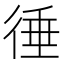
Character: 𢔝